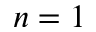
n = 1